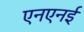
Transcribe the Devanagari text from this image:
एनएनई